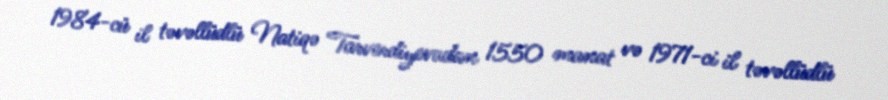
1984-cü il təvəllüdlü Natiqə Tarverdiyevadan 1550 manat və 1971-ci il təvəllüdlü